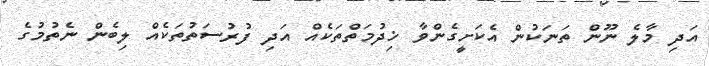
އަދި މާލެ ނޫން ތަނަކުން އެކަށީގެންވާ ޚިދުމަތްތަކެއް އަދި ފުރުސަތުތަކެއް ލިބެން ނެތުމުގެ